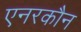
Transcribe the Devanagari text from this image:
एनरकौन